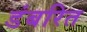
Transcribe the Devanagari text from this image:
डंबरित